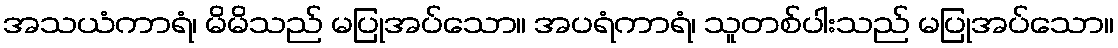
အသယံကာရံ၊ မိမိသည် မပြုအပ်သော။ အပရံကာရံ၊ သူတစ်ပါးသည် မပြုအပ်သော။